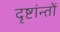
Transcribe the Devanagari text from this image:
दृष्टांन्तों